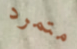
متمرد